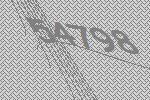
54798